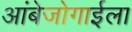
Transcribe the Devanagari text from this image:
आंबेजोगाईला